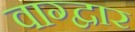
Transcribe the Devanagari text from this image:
वाग्द्वार